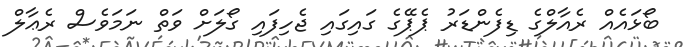
ބޯޅައެއް ރެއާލްގެ ޑިފެންޑަރު ޕެޕޭގެ ގައިގައި ޖެހިފައި ގޯލަށް ވަތް ނަމަވެސް ރެޢާލް